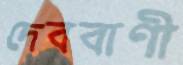
দেববাণী